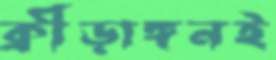
ক্রীড়াঙ্গনই